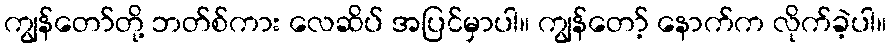
ကျွန်တော်တို့ ဘတ်စ်ကား လေဆိပ် အပြင်မှာပါ။ ကျွန်တော့် နောက်က လိုက်ခဲ့ပါ။